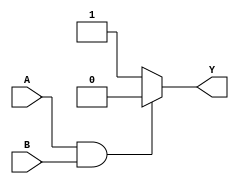
module NAND_GATE (output reg Y, input A, B);  //declaring the module
always @ (A or B) begin                       // (A, B) is the sensitivity list or the trigger list.
    if (A == 1'b1 & B == 1'b1) begin          // states that if both A and B are 1, then Y has to be 0.
        Y = 1'b0;
    end
    else 
        Y = 1'b1; 
end
endmodule                                     //used to terminate the module